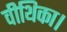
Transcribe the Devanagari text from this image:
वीथिका।